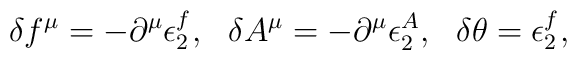
\delta f^\mu = -\partial^\mu \epsilon^f_2, ~~\delta A^\mu = -\partial^\mu\epsilon^A_2,~~\delta\theta=\epsilon^f_2,